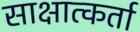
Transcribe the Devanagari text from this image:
साक्षात्कर्ता